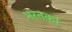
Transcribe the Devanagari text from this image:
भरतका